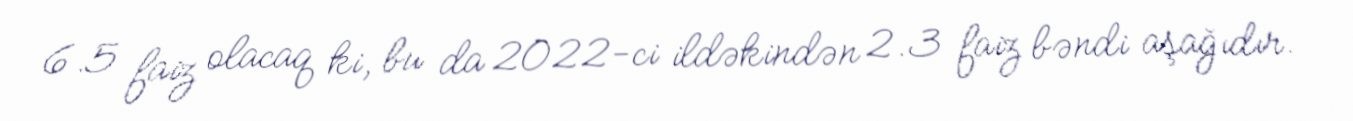
6.5 faiz olacaq ki, bu da 2022-ci ildəkindən 2.3 faiz bəndi aşağıdır.